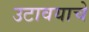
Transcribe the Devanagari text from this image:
उटावयाचे